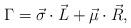
LaTeX: \begin{align*} \Gamma=\vec{\sigma}\cdot \vec{L}+\vec{\mu}\cdot\vec{R},\end{align*}